Leaving Certificate Examination, 1917, 1917
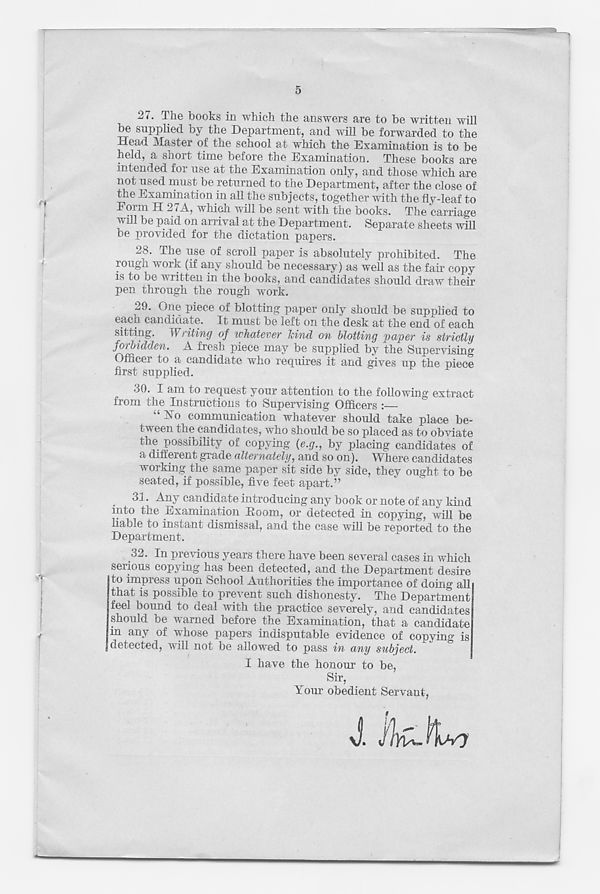
5
■■
27. The books in which the answers are to be written will
be supplied by the Department, and will be forwarded to the
Head Master of the school at which the Examination is to be
held, a short time before the Examination. These books are
intended for use at the Examination only, and those which are
not used must be returned to the Department, after the close of
the Examination in all the subjects, together with the fly-leaf to
Form H 2 < A, which will be sent with the books. The carriage
Avill be paid on arrival at the Department. Separate sheets Avill
be provided for the dictation papers.
28. The use of scroll paper is absolutely prohibited. The
rough work (if any should be necessary) as well as the fair copy
is to be written in the books, and candidates should draw their
pen through the rough work.
29. One piece of blotting paper only should be supplied to
each candidate. It must be left on the desk at the end of each
sitting. W> iting of whdtevcv liind on blotting paper is strictly
forbidden. A fresh piece may be supplied by the Supervising
Officer to a candidate who requires it and gives up the piece
first supplied.
30. I am to request your attention to the following extract
from the Instructions to Supervising Officers :—
“ Ho communication whatever should take place be-
tween the candidates, who should be so placed as to obviate
the possibility of copying {e.g., by placing candidates of
a different grade alternately, and so on). Where candidates
working the same paper sit side by side, they ought to be
seated, if possible, five feet apart.”
31. Any candidate introducing any book or note of any kind
into the Examination Hoorn, or detected in copying, will be
liable to instant dismissal, and the case Avill be reported to the
Department.
32. In previous years there have been several cases in which
serious copying has been detected, and the Department desire
to impress upon School Authorities the importance of doing all
that is possible to preA^ent such dishonesty. The Department
feel bound to deal with the practice severely, and candidates
should be warned before the Examination, that a candidate
in any of whose papers indisputable evidence of copying is
detected, will not be allowed to pass in any subject.
■■
I have the honour to be,
Sir,
Your obedient Servant,